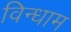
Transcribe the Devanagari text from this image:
विन्धाम